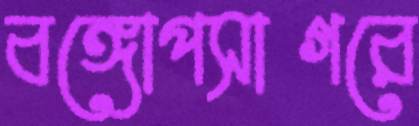
বঙ্গোপসাগরে